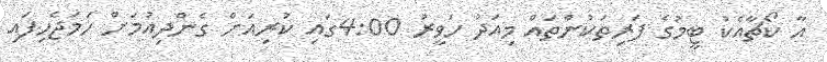
އާ ކޯޗާއެކު ޓީމުގެ ފަރިތަކުންތައް މިއަދު ހަވީރު 4:00ގައި ކުރިއަށް ގެންދިއުމަށް ހަމަޖެހިފައި